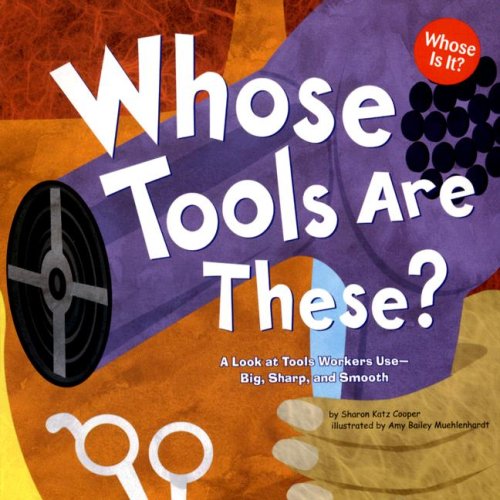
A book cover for Whose Tools Are These?: A Look at Tools Workers Use - Big, Sharp, and Smooth (Whose Is It?: Community Workers); Sharon Katz Cooper; Children's Books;